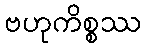
ဗဟုကိစ္စဿ